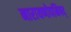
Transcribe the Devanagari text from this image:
नारायणोपनिषद्